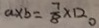
a \times b = \frac { 7 } { 8 } \times 1 2 0